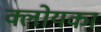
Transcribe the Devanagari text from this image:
क्लोयका